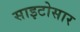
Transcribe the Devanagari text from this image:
साइटोसार